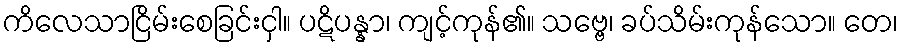
ကိလေသာငြိမ်းစေခြင်းငှါ။ ပဋိပန္နာ၊ ကျင့်ကုန်၏။ သဗ္ဗေ၊ ခပ်သိမ်းကုန်သော။ တေ၊